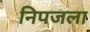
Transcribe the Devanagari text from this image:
निपजला